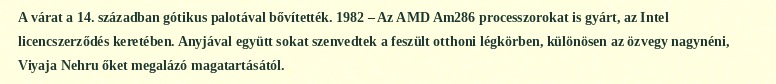
A várat a 14. században gótikus palotával bővítették. 1982 – Az AMD Am286 processzorokat is gyárt, az Intel licencszerződés keretében. Anyjával együtt sokat szenvedtek a feszült otthoni légkörben, különösen az özvegy nagynéni, Viyaja Nehru őket megalázó magatartásától.